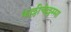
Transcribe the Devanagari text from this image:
कल्लीचेल्लम्मा